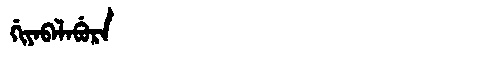
Manchu: ᡤᡳᠶᠠᠪᠠᠯᠠᠪᡠᡵᠠ
Romanization: GIYABALABURA